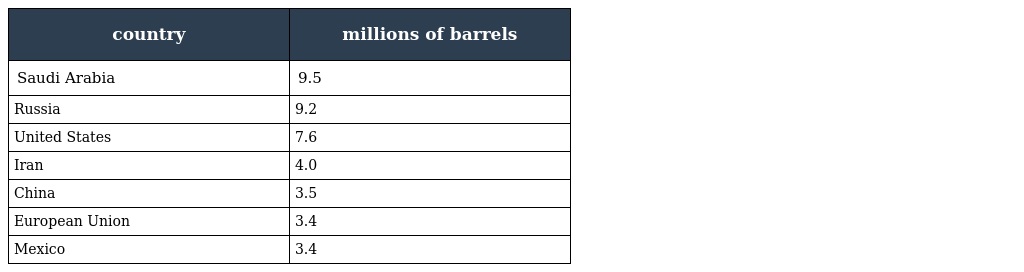
| country | millions of barrels |
 | --- | --- |
 | Saudi Arabia | 9.5 |
 | Russia | 9.2 |
 | United States | 7.6 |
 | Iran | 4.0 |
 | China | 3.5 |
 | European Union | 3.4 |
 | Mexico | 3.4 |